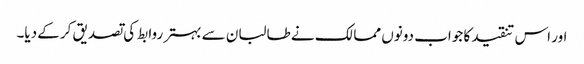
اور اس تنقید کا جواب دونوں ممالک نے طالبان سے بہتر روابط کی تصدیق کرکے دیا۔